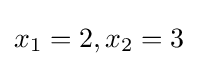
x_{1}=2,x_{2}=3